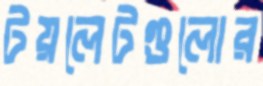
টয়লেটগুলোর